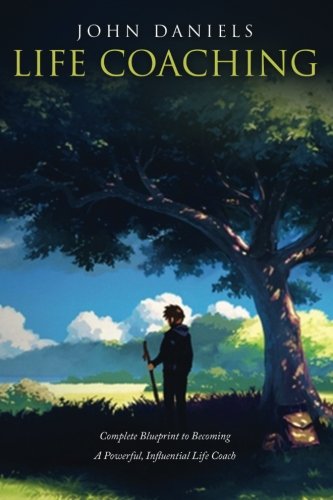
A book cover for Life Coaching: Complete Blueprint to Becoming a Powerful Influential Life Coach; John Daniels; Business & Money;